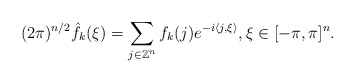
\begin{align*}(2\pi)^{n/2}\hat{f_k}(\xi)=\sum_{j\in\mathbb{Z}^n}f_k(j)e^{-i\langle j, \xi \rangle }, \xi\in [-\pi,\pi]^n. \end{align*}